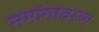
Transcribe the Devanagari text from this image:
समांगावरण